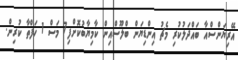
އޭރިޔަންސްއާ ބައްދަލުކުރި މެޗު އިންޑިޔަން ބްލޫސްއިން ކާމިޔާބުކޮށްފި7 މަސް 1 ހަފްތާ ކުރިން.